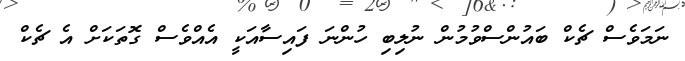
ނަމަވެސް ޗެކް ބައުންސްވުމުން ނުލިބި ހުންނަ ފައިސާއަކީ އެއްވެސް ގޮތަކަށް އެ ޗެކް